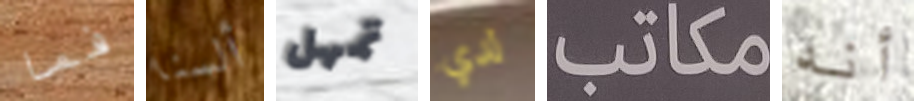
فما ألسنا تمهل لدي مكاتب أنه